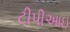
ટીપીઆઇ